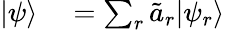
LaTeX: \begin{array}{rl}{|\psi\rangle}&{{}=\sum_{r}\tilde{a}_{r}|\psi_{r}\rangle}\end{array}